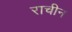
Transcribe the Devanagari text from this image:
राचीन